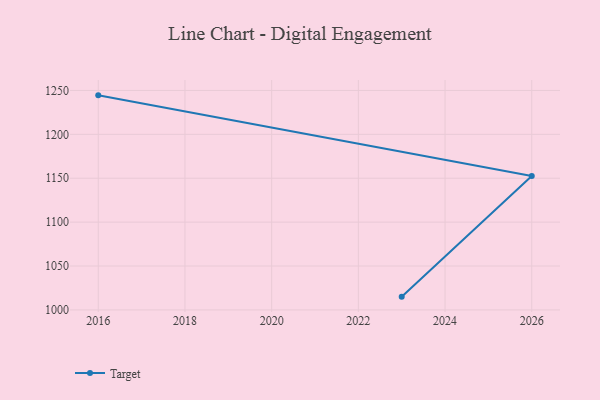
{"axis": {"x": "Year", "y": "Headcount"}, "legend": ["Target"], "data": [{"x": "2023", "y": 1015.1, "type": "Target"}, {"x": "2026", "y": 1152.5, "type": "Target"}, {"x": "2016", "y": 1244.4, "type": "Target"}]}